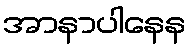
အာနာပါနေန